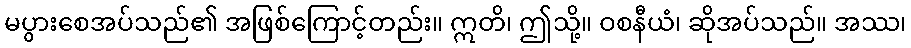
မပွားစေအပ်သည်၏ အဖြစ်ကြောင့်တည်း။ ဣတိ၊ ဤသို့။ ဝစနီယံ၊ ဆိုအပ်သည်။ အဿ၊